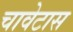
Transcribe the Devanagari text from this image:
चावेटास